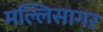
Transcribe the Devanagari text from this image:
मल्लिसागर